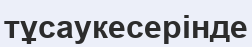
тұсаукесерінде